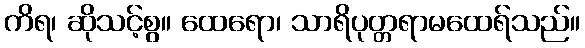
ကိရ၊ ဆိုသင့်စွ။ ထေရော၊ သာရိပုတ္တရာမထေရ်သည်။